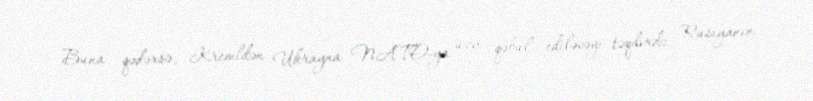
Buna qədərsə, Kremldən Ukrayna NATO-ya üzv qəbul ediləcəyi təqdirdə, Rusiyanın